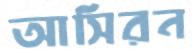
আসিরন